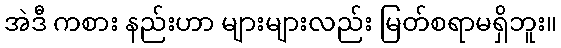
အဲဒီ ကစား နည်းဟာ များများလည်း မြတ်စရာမရှိဘူး။